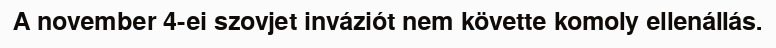
A november 4-ei szovjet inváziót nem követte komoly ellenállás.